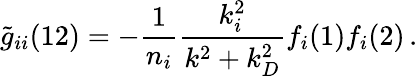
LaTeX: \widetilde{g}_{ii}(12)=-\frac{1}{n_{i}}\frac{k_{i}^{2}}{k^{2}+k_{D}^{2}}f_{i}(1)f_{i}(2)\, .